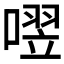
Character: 𪢄